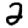
Digit: 2